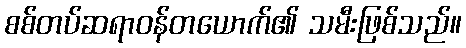
စစ်တပ်ဆရာဝန်တယောက်၏ သမီးဖြစ်သည်။